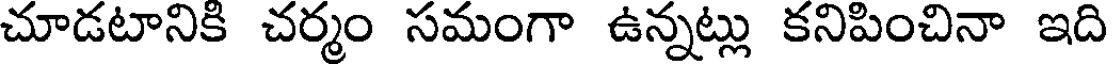
చూడటానికి చర్మం సమంగా ఉన్నట్లు కనిపించినా ఇది